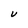
Character: V